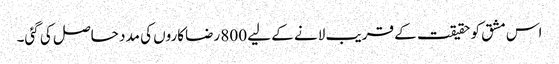
اس مشق کو حقیقت کے قریب لانے کے لیے 800 رضاکاروں کی مدد حاصل کی گئی۔